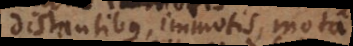
distantibus, immotis, mota,